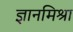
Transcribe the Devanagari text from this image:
ज्ञानमिश्रा